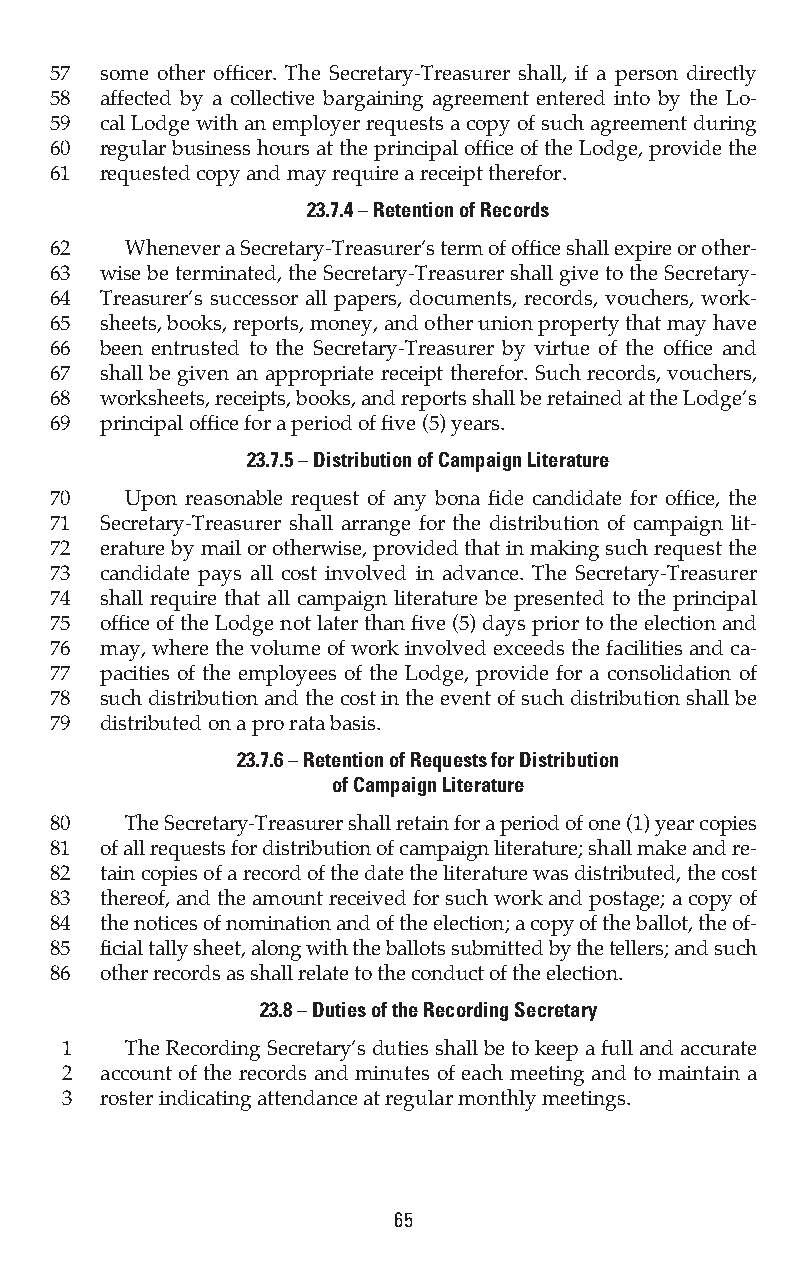
57  some other officer. The Secretary-Treasurer shall, if a person directly
 58  affected by a collective bargaining agreement entered into by the Lo-
 59  cal Lodge with an employer requests a copy of such agreement during
 60  regular business hours at the principal office of the Lodge, provide the
 61  requested copy and may require a receipt therefor.
 23.7.4 – Retention of Records
 62   Whenever a Secretary-Treasurer’s term of office shall expire or other-
 63  wise be terminated, the Secretary-Treasurer shall give to the Secretary-
 64  Treasurer’s successor all papers, documents, records, vouchers, work-
 65  sheets, books, reports, money, and other union property that may have
 66  been entrusted to the Secretary-Treasurer by virtue of the office and
 67  shall be given an appropriate receipt therefor. Such records, vouchers,
 68  worksheets, receipts, books, and reports shall be retained at the Lodge’s
 69  principal office for a period of five (5) years.
 23.7.5 – Distribution of Campaign Literature
 70   Upon reasonable request of any bona fide candidate for office, the
 71  Secretary-Treasurer shall arrange for the distribution of campaign lit-
 72  erature by mail or otherwise, provided that in making such request the
 73  candidate pays all cost involved in advance. The Secretary-Treasurer
 74  shall require that all campaign literature be presented to the principal
 75  office of the Lodge not later than five (5) days prior to the election and
 76  may, where the volume of work involved exceeds the facilities and ca-
 77  pacities of the employees of the Lodge, provide for a consolidation of
 78  such distribution and the cost in the event of such distribution shall be
 79  distributed on a pro rata basis.
 23.7.6 – Retention of Requests for Distribution
 of Campaign Literature
 80   The Secretary-Treasurer shall retain for a period of one (1) year copies
 81  of all requests for distribution of campaign literature; shall make and re-
 82  tain copies of a record of the date the literature was distributed, the cost
 83  thereof, and the amount received for such work and postage; a copy of
 84  the notices of nomination and of the election; a copy of the ballot, the of-
 85  ficial tally sheet, along with the ballots submitted by the tellers; and such
 86  other records as shall relate to the conduct of the election.
 23.8 – Duties of the Recording Secretary
 1   The Recording Secretary’s duties shall be to keep a full and accurate
 2  account of the records and minutes of each meeting and to maintain a
 3  roster indicating attendance at regular monthly meetings.
 65